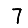
Digit: 7